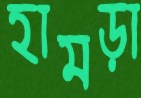
হামড়া